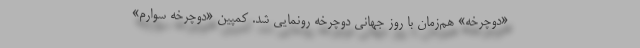
«دوچرخه» هم‌زمان با روز جهانی دوچرخه رونمایی شد. کمپین «دوچرخه سوارم»